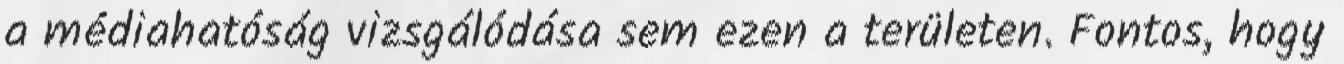
a médiahatóság vizsgálódása sem ezen a területen. Fontos, hogy